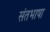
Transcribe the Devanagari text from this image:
संतभाषा